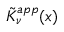
\tilde { K } _ { \nu } ^ { a p p } ( x )